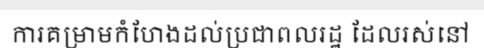
ការគម្រាមកំហែងដល់ប្រជាពលរដ្ឋ ដែលរស់នៅ